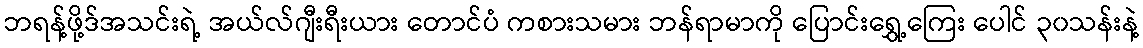
ဘရန့်ဖို့ဒ်အသင်းရဲ့ အယ်လ်ဂျီးရီးယား တောင်ပံ ကစားသမား ဘန်ရာမာကို ပြောင်းရွှေ့ကြေး ပေါင် ၃၀သန်းနဲ့